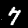
Digit: 7